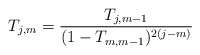
\begin{align*}T_{j,m}=\frac{T_{j,m-1}}{(1-T_{m,m-1})^{2(j-m)}} \\\end{align*}